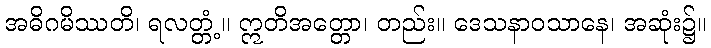
အဓိဂမိဿတိ၊ ရလတ္တံ့။ ဣတိအတ္တော၊ တည်း။ ဒေသနာဝသာနေ၊ အဆုံး၌။